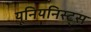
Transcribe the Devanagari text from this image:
यूनियनिस्ट्स